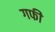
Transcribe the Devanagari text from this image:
गफी